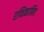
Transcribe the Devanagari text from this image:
रथिकाबिंव